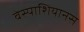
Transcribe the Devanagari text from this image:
वेस्पाशियानस